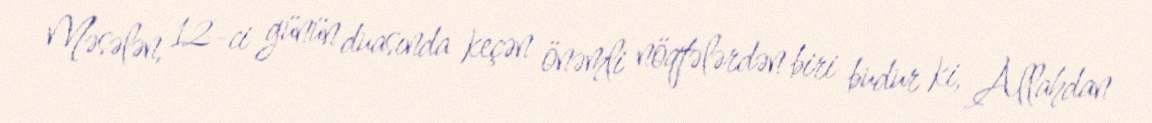
Məsələn, 12-ci günün duasında keçən önəmli nöqtələrdən biri budur ki, Allahdan